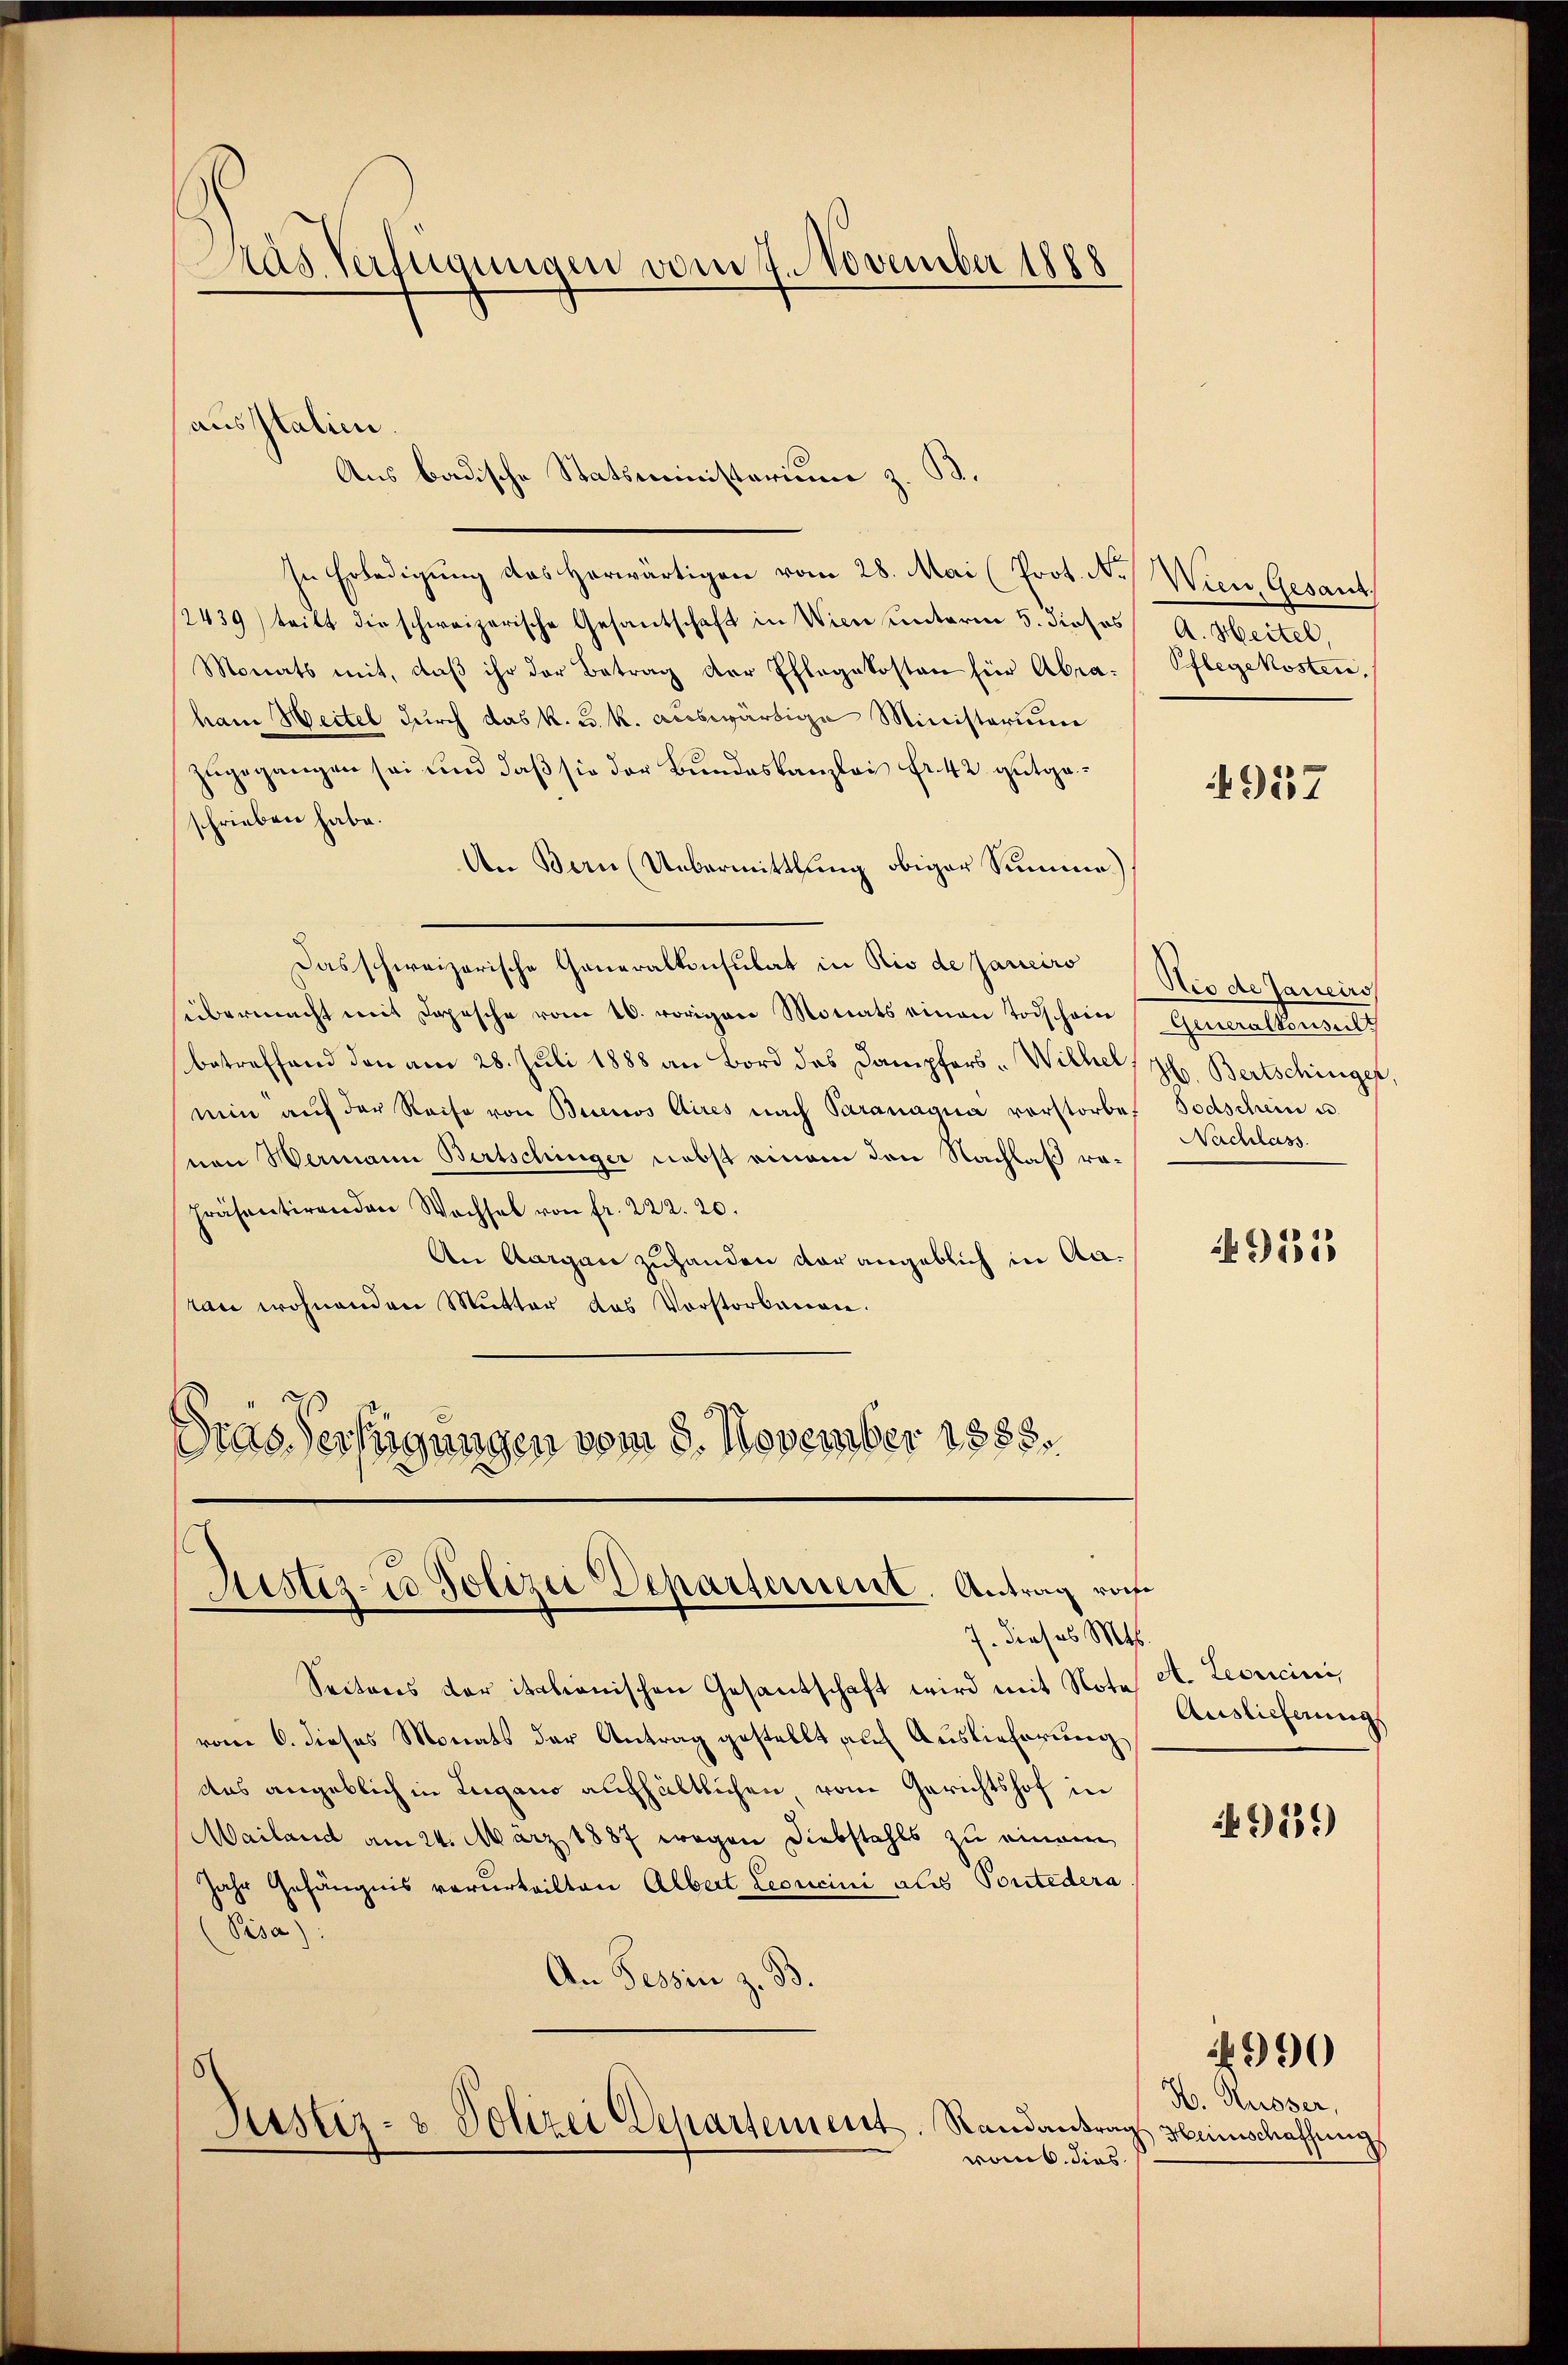
Das Verfügungen vom 7. November 1888

aus Italien
Aus badische Statsministerium z. B.

In Erledigung das herwärtigen vom 28. Mai (Prot. N. Wien, Gesant,
/2439) teilt die schweizerische Gesantschaft in Wien unterm 5. dieses A. Hertel
Monats mit, daß ihr der Betrag der Pflegekosten für Abraham Weitel durch das k. u. k. auswärtige Ministerium
zugegangen sei und daß sie der Bundeskanzlei Fr. 42 gutgeschrieben habe.
An Bern (Uebermittlung obiger Summe)
Das schweizerische Generalkonsulat in Rio de Janeiro (Niode Janeiro
übermacht mit Depesche vom 20. vorigen Monats einen Todschain
betreffend den am 28. Juli 1888 an Bord des Dampfers-Wilhel, Jb. Bertschinger
win aŭf der Reise von Buenos Aires nach Paranagua vorstorbet Todschein u.
von Wermann Bertschinger nebst einem den Nachlaß ra-
Präsentirenden Wechsel von fr. 222. 20.
An Aargau zuhanden dar angeblich in Aatan wohnenden Mutter das Vorstorbenen.
Gras Verfügungen vom 8. November 1888.

Justizio Polizei Departement. Antrag vorhe
7. Dieses Mts.

Seitens der italienischen Gesantschaft wird mit Note A. Leoncini
vom 6. dieses Monats der Antrag gestellt auf Auslieferung
das angeblich in Lugano aufhältlichen vom Gerichtshof in
Mailand am 24. März 1887 wegen Diebstahls zu einem
Jahr Gefängnis verurteilten Albert Leoncini als Pontedera
bind
An Tessin z. B.
Justiz- & Polizei Departement. Randantrag Heimschaffung
vonb. dies

Pflegekosten.

4957

Generalkonsult
Nachlass

91818

Auslieferung

9139)

H. Kusser,

4990